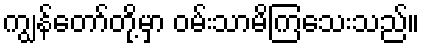
ကျွန်တော်တို့မှာ ဝမ်းသာမိကြသေးသည်။